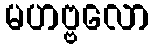
မဟဗ္ဗလော